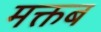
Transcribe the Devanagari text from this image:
मक्तब